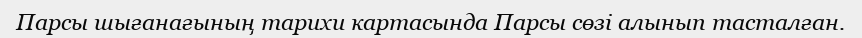
Парсы шығанағының тарихи картасында Парсы сөзі алынып тасталған.